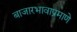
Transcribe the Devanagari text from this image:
बाजारभावाप्रमाणे